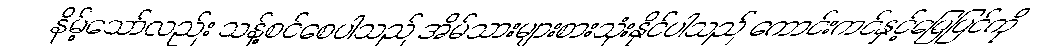
နိမ့်သော်လည်း သန့်စင်စေပါသည် အိမ်သားများစားသုံးနိုင်ပါသည် ကောင်းကင်နှင့်မြေပြင်ကို